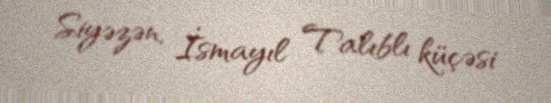
Siyəzən, İsmayıl Talıblı küçəsi